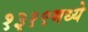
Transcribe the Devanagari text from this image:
१३१९मध्ये